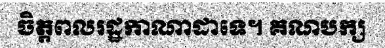
ចិត្តពលរដ្ឋកាណាដាទេ។ គណបក្ស